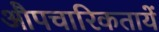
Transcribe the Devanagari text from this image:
औपचारिकतायें